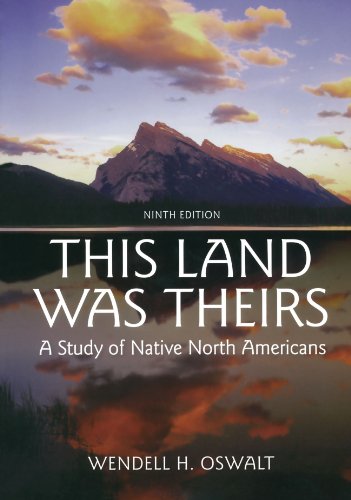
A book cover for This Land Was Theirs: A Study of Native North Americans; Wendell H Oswalt; History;